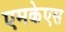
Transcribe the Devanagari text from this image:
एमकेएस